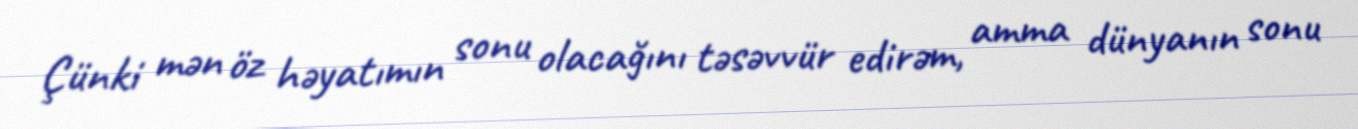
Çünki mən öz həyatımın sonu olacağını təsəvvür edirəm, amma dünyanın sonu